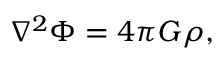
\nabla ^ { 2 } \Phi = 4 \pi G \rho ,